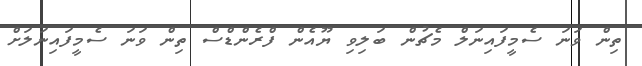
ތިން ވަނަ ސެމީފައިނަލް މެޗުން ބަލިވި ޔޫއެން ފްރެންޑްސް ތިން ވަނަ ސެމީފައިނަލަށް